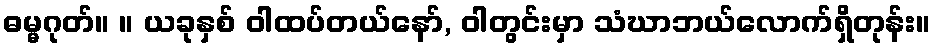
ဓမ္မဂုတ်။ ။ ယခုနှစ် ဝါထပ်တယ်နော်, ဝါတွင်းမှာ သံဃာဘယ်လောက်ရှိတုန်း။